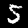
Digit: 5